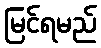
မြင်ရမည်